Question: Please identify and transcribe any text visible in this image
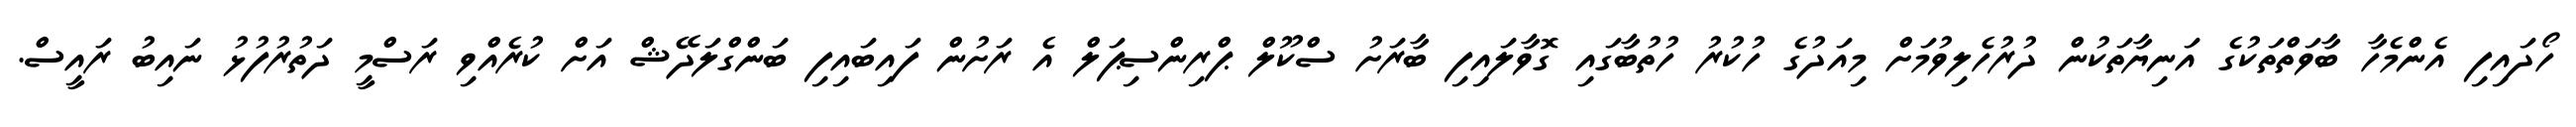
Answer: ހޯދައިފި އެންމެހާ ބާވަތްތަކުގެ އަނިޔާތަކުން ދުރުހެލިވުމަށް މިއަދުގެ ހުކުރު ހުތުބާގައި ގޮވާލައިފި ބާރަށު ސްކޫލް ޕްރިންސިޕަލް އެ ރަށުން ފައިބައިފި ބަންގްލަދޭޝް އަށް ކުރެއްވި ރަސްމީ ދަތުރުފުޅު ނައިބު ރައީސް.